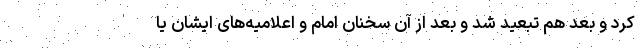
کرد و بعد هم تبعید شد و بعد از آن سخنان امام و اعلامیه‌های ایشان یا